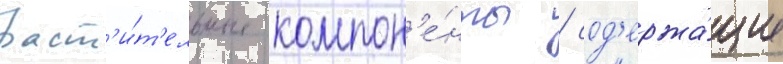
раст'и́т'ельные компон'е́нты / сод'ержа́щие